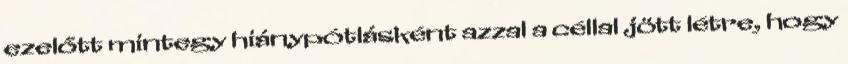
ezelőtt mintegy hiánypótlásként azzal a céllal jött létre, hogy